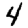
Digit: 4